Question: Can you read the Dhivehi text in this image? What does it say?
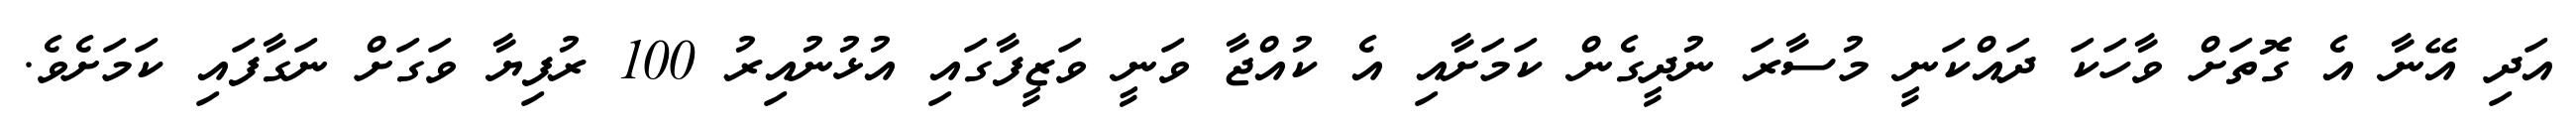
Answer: އަދި އޭނާ އެ ގޮތަށް ވާހަކަ ދައްކަނީ މުސާރަ ނުދީގެން ކަމަށާއި އެ ކުއްޖާ ވަނީ ވަޒީފާގައި އުޅުނުއިރު 100 ރުފިޔާ ވަގަށް ނަގާފައި ކަމަށެވެ.